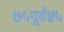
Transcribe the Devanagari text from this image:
७५पूर्व४५